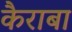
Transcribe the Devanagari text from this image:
कैराबा